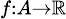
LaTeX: \scriptstyle f\colon A\to{\mathbb{R}}